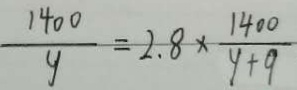
\frac { 1 4 0 0 } { y } = 2 . 8 \times \frac { 1 4 0 0 } { 4 + 9 }